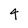
Character: 4